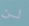
لن